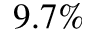
9 . 7 \%